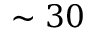
\sim 3 0